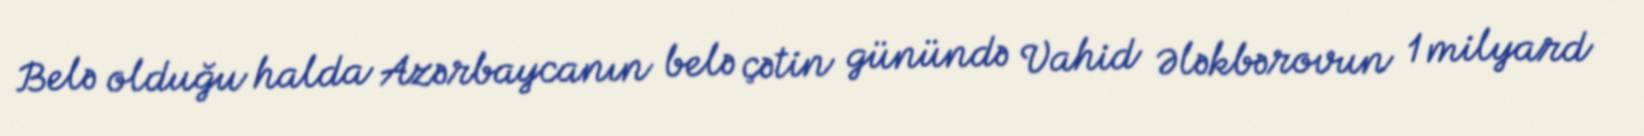
Belə olduğu halda Azərbaycanın belə çətin günündə Vahid Ələkbərovun 1 milyard